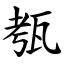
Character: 㼥